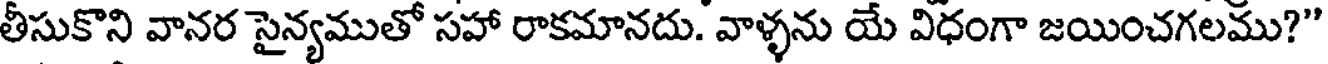
తీసుకొని వానర సైన్యముతో సహా రాకమానదు. వాళ్ళను యే విధంగా జయించగలము?"